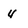
Character: y